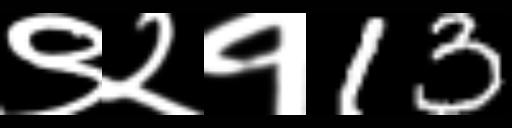
Text: ९२१13